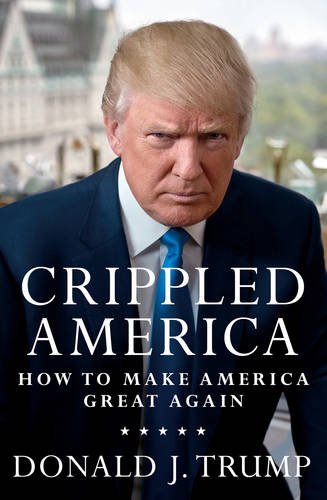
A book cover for Crippled America: How to Make America Great Again; Donald J. Trump; Biographies & Memoirs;